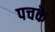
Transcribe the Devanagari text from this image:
पचके